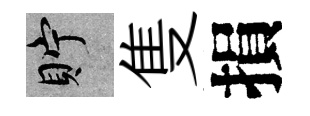
貯隻損